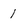
Character: 1